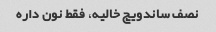
نصف ساندویچ خالیه، فقط نون داره